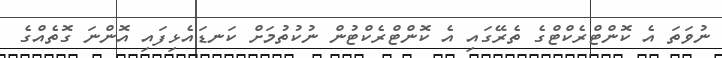
ނުވަތަ އެ ކޮންޓްރެކްޓްގެ ތެރޭގައި އެ ކޮންޓްރެކްޓުން ނުކުތުމަށް ކަނޑައެޅިފައި އޮންނަ ގޮތެއްގެ